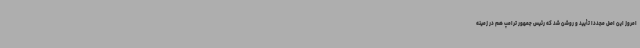
امروز این اصل مجددا تأیید و روشن شد که رئیس جمهور ترامپ هم در زمینه